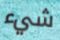
شيء